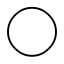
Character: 〇